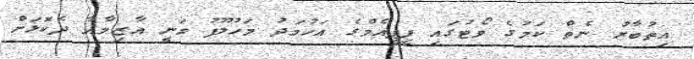
އިތުބާރު ނެތް ކަމުގެ ވޯޓުގައި ޕީޕީއެމްގެ އަހުމަދު މަހުލޫފު ވަނީ އާޒިމާއާ ދެކޮޅަށް